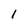
Character: 1